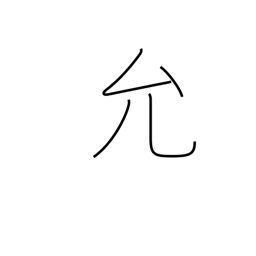
Meaning: license